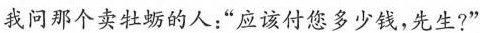
我问那个卖牡蛎的人：”应该付您多少钱，先生?”